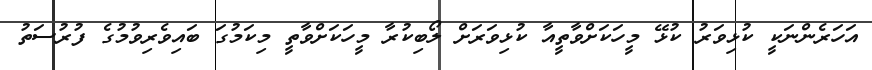
އަހަރެންނަކީ ކުޅިވަރު ކުޅޭ މީހަކަށްވާތީއާ ކުޅިވަރަށް ލޯބިކުރާ މީހަކަށްވާތީ މިކަމުގަ ބައިވެރިވުމުގެ ފުރުސަތު